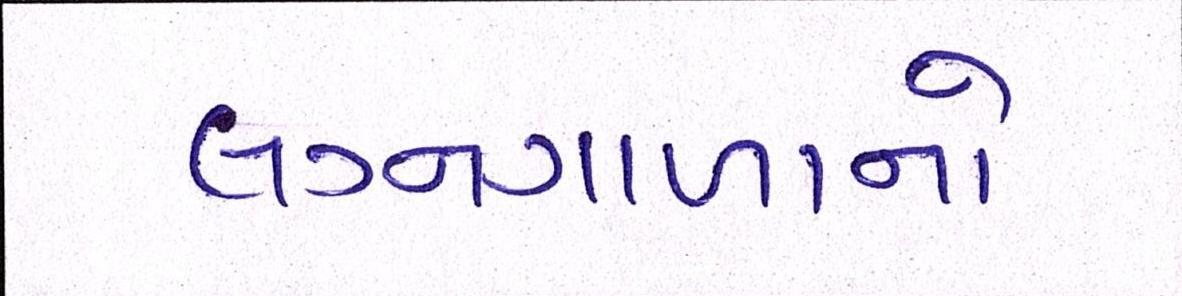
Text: લગ્નગાળાનો